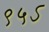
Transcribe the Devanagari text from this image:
९५ऽ